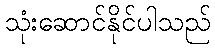
သုံးဆောင်နိုင်ပါသည်